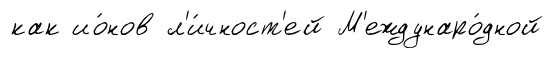
как ио́нов л'и́чност'ей М'еждунаро́дной